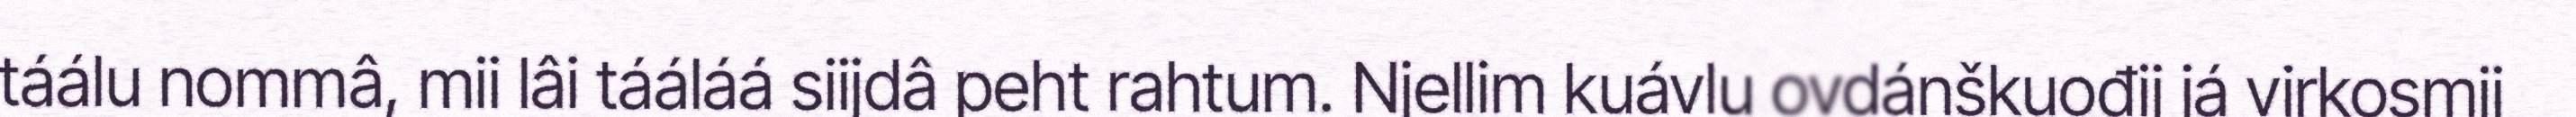
táálu nommâ, mii lâi tááláá siijdâ peht rahtum. Njellim kuávlu ovdánškuođij já virkosmij